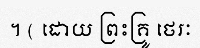
។ ( ដោយ ព្រះគ្រូ ថេរៈ